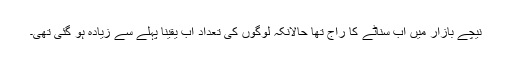
نیچے بازار میں اب سناٹے کا راج تھا حالانکہ لوگوں کی تعداد اب یقیناً پہلے سے زیادہ ہو گئی تھی۔